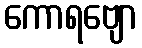
ကောရဗျော